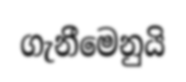
ගැනීමෙනුයි